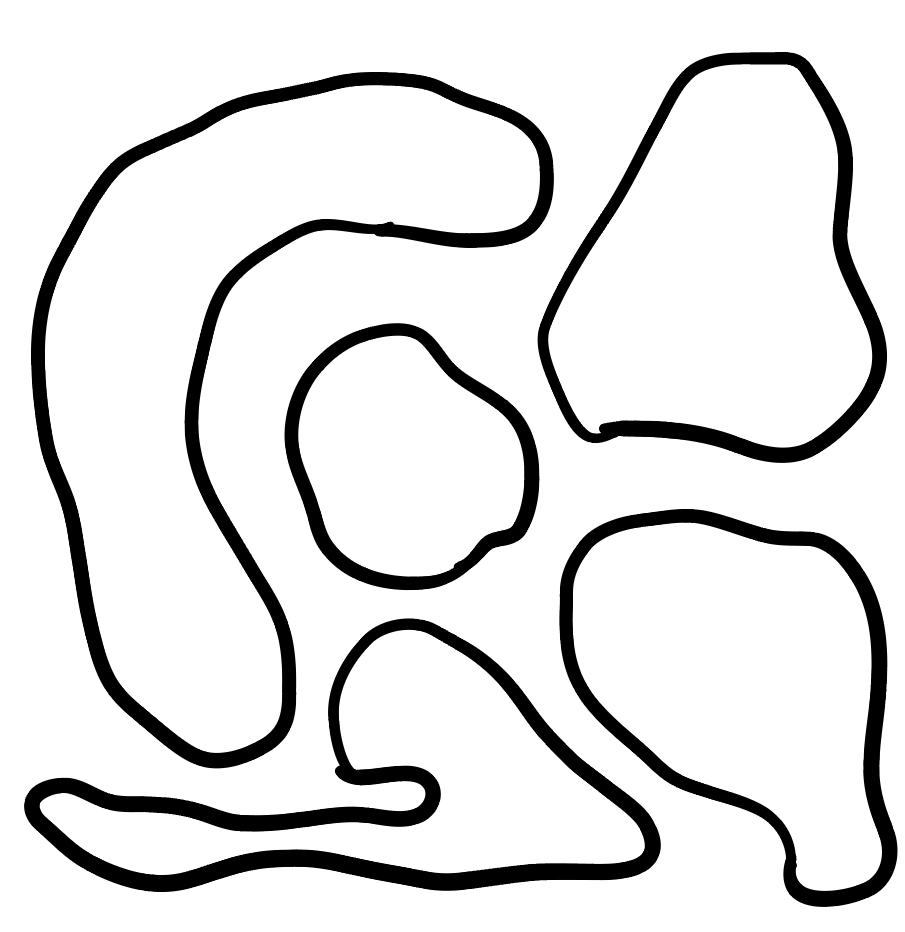
Number of regions (including the outer root region): 6
Containment tree edges (parent, child): 0, 1, 0, 2, 0, 3, 0, 4, 0, 5